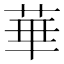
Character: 華